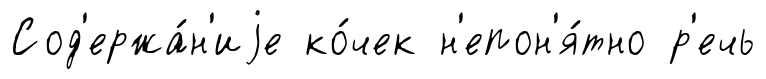
Сод'ержа́н'иjе ко́чек н'епон'я́тно р'ечь